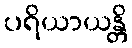
ပရိယာယန္တိ